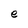
Character: e